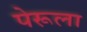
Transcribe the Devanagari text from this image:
पेरूला